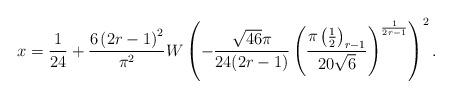
LaTeX: \begin{align*}x=\frac{1}{24}+\frac{6\left(2r-1\right)^{2}}{\pi^{2}}W\left(-\frac{\sqrt{46}\pi}{24(2r-1)}\left(\frac{\pi\left(\frac{1}{2}\right)_{r-1}}{20\sqrt{6}}\right)^{\frac{1}{2r-1}}\right)^{2}.\end{align*}